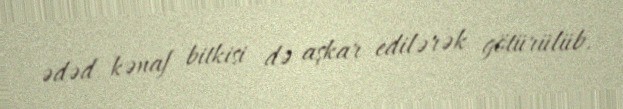
ədəd kənaf bitkisi də aşkar edilərək götürülüb.